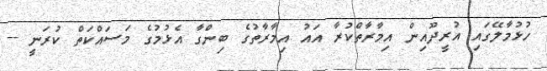
ހުޅުމާލޭގައި އުރީދޫއިން އިމާރާތްކުރާ އައު އިމާރާތުގެ ބިންގާ އެޅުމުގެ މަސައްކަތް ކުރަނީ --